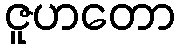
ဇူဟတော